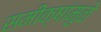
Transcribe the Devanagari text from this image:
समीक्षांमुळे